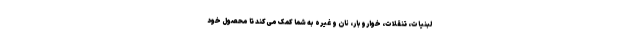
لبنیات، تنقلات، خواروبار، نان و غیره به شما کمک می‌کند تا محصول خود